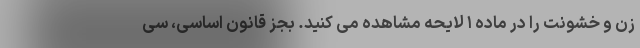
زن و خشونت را در ماده ۱ لایحه مشاهده می کنید. بجز قانون اساسی، سی